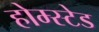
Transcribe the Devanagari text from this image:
होम्स्टेड